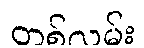
တစ်လမ်း